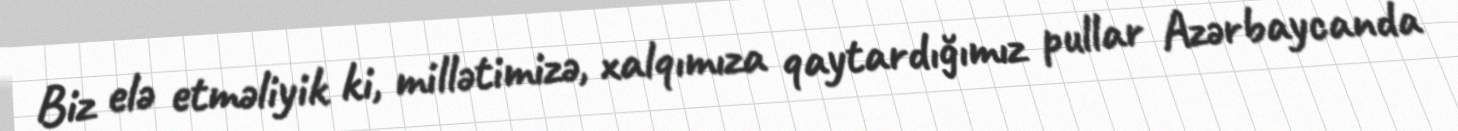
Biz elə etməliyik ki, millətimizə, xalqımıza qaytardığımız pullar Azərbaycanda